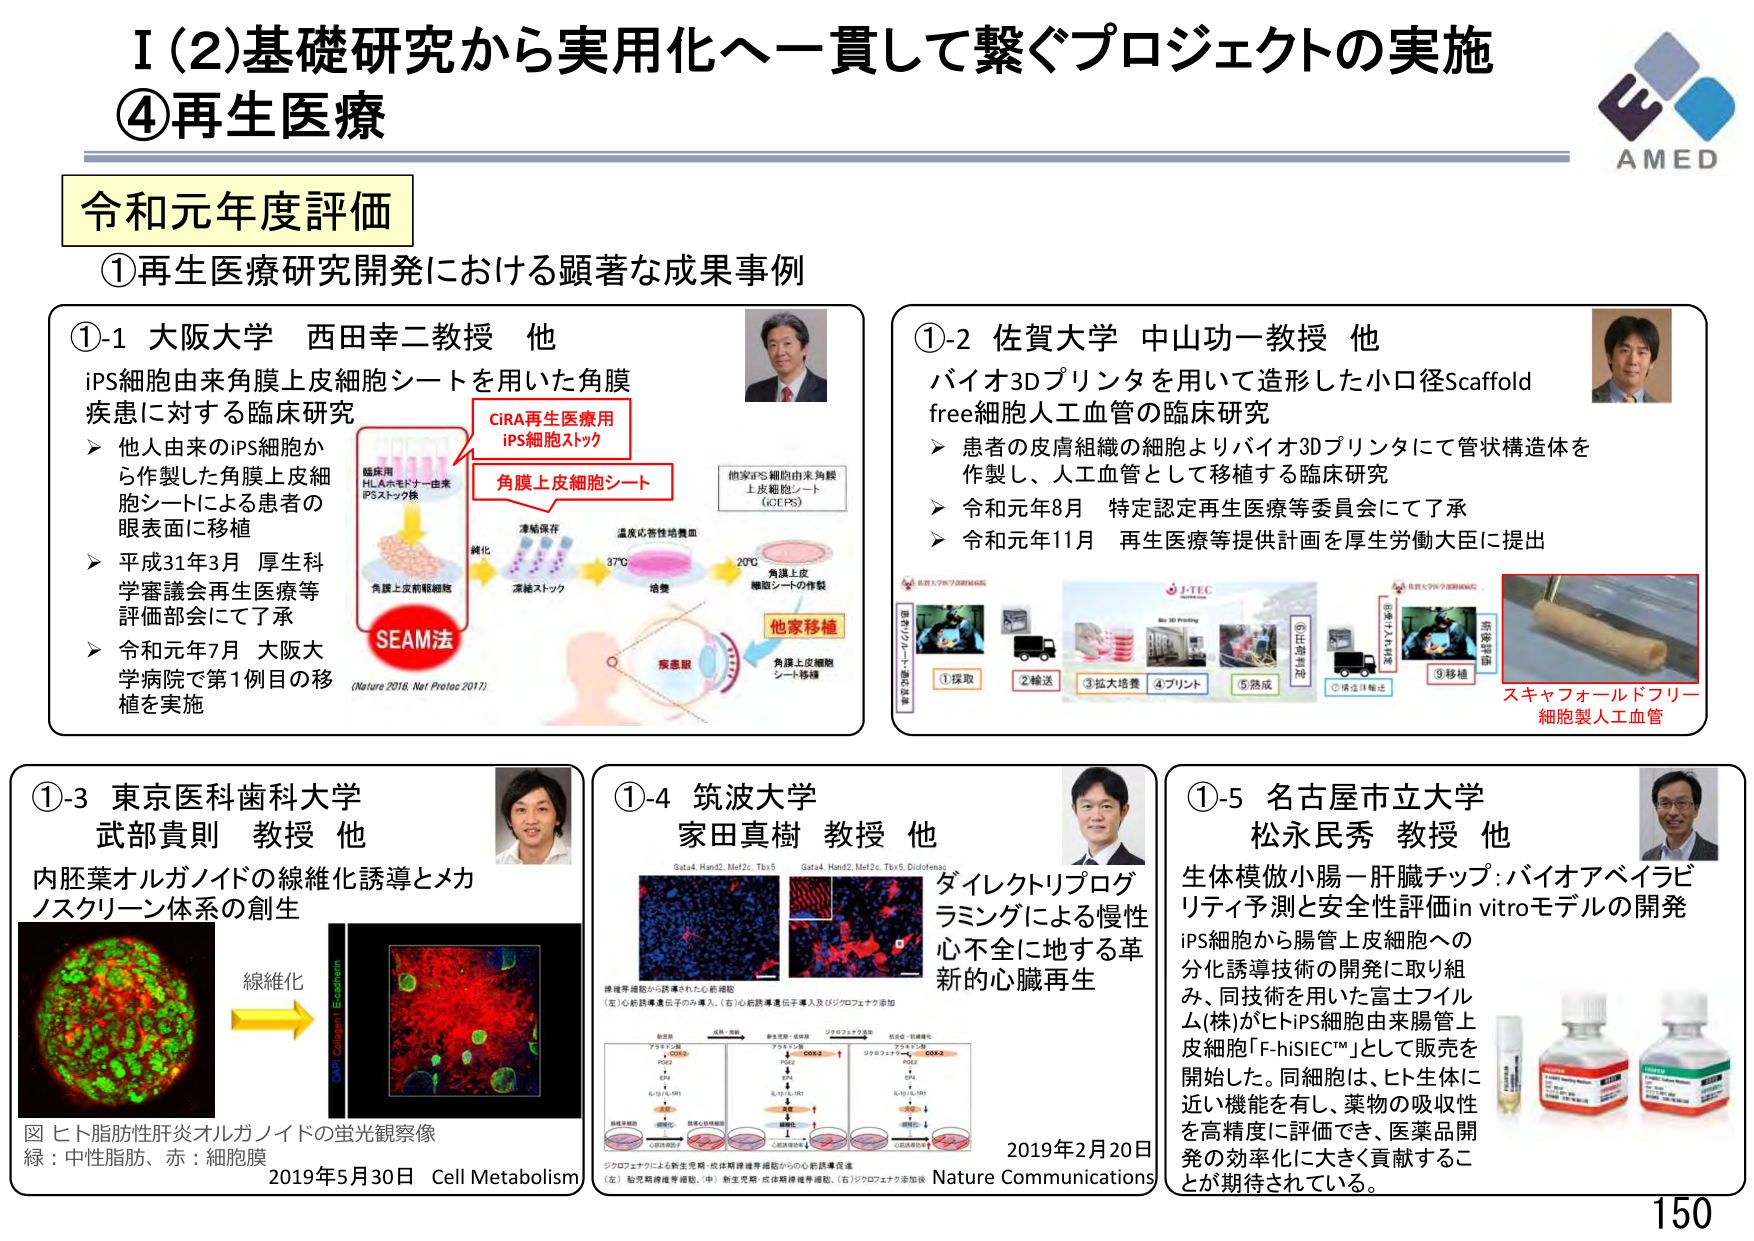
I (2) 基礎研究から実用化へ一貫して繋ぐプロジェクトの実施
④再生医療

令和元年度評価

①再生医療研究開発における顕著な成果事例

①-1 大阪大学 西田幸二教授 他
iPS細胞由来角膜上皮細胞シートを用いた角膜疾患に対する臨床研究
➤ 他人由来のiPS細胞から作製した角膜上皮細胞シートによる患者の眼表面に移植
➤ 平成31年3月 厚生科学審議会再生医療等評価部会にて了承
➤ 令和元年7月 大阪大学病院で第1例目の移植を実施
（Nature 2018, Nat Protoc 2017）
CIRA再生医療用
iPS細胞ストック
角膜上皮細胞シート
他家移植
SEAM法
臨床用
HLAホモドナー由来
iPSストック株
凍結保存
純化
温度応答性培養皿
37℃
20℃
培養
角膜上皮
細胞シートの作製
角膜上皮前駆細胞
疾患眼
角膜上皮細胞
シート移植
他家iPS細胞由来角膜
上皮細胞シート
(GCIPS)

①-2 佐賀大学 中山功一教授 他
バイオ3Dプリンタを用いて造形した小口径Scaffold free細胞人工血管の臨床研究
➤ 患者の皮膚組織の細胞よりバイオ3Dプリンタにて管状構造体を作製し、人工血管として移植する臨床研究
➤ 令和元年8月 特定認定再生医療等委員会にて了承
➤ 令和元年11月 再生医療等提供計画を厚生労働大臣に提出
①採取
②輸送
③拡大培養
④プリント
⑤熟成
⑥供注移植
⑦移植
スキャフォールドフリー
細胞製人工血管
J-TEC
Bio 3D Printing
佐賀大学医学部附属病院
佐賀大学医学部附属病院
皮膚由来細胞
培養・増殖
細胞シート形成
管状構造体形成
移植

①-3 東京医科歯科大学 武部貴則 教授 他
内胚葉オルガノイドの線維化誘導とメカノスクリーン体系の創生
図 ヒト脂肪性肝炎オルガノイドの蛍光観察像
緑：中性脂肪、赤：細胞膜
2019年5月30日 Cell Metabolism
線維化

①-4 筑波大学 家田真樹 教授 他
ダイレクトリプログラミングによる慢性心不全に地する革新的心臓再生
Gata4, Hand2, Mef2c, Tbx5
Gata4, Hand2, Mef2c, Tbx5, Diclofenac
線維芽細胞から誘導された心筋細胞
（左）心筋誘導遺伝子のみ導入、（右）心筋誘導遺伝子及びジクロフェナク添加
前駆体
アラキドン酸
COX-2
PGE2
↓
EP4
↓
IL-1β / IL-1R1
↓
誘導心筋細胞
成熟心筋細胞
ジクロフェナク添加
前駆体
アラキドン酸
COX-2
PGE2
↓
EP4
↓
IL-1β / IL-1R1
↓
誘導心筋細胞
成熟心筋細胞
ジクロフェナク添加
ジクロフェナクによる新生児期・成体期線維芽細胞からの心筋誘導促進
（左）胎児期線維芽細胞、（中）新生児期・成体期線維芽細胞、（右）ジクロフェナク添加後
2019年2月20日 Nature Communications

①-5 名古屋市立大学 松永民秀 教授 他
生体模倣小腸－肝臓チップ：バイオアベイラビリティ予測と安全性評価in vitroモデルの開発
iPS細胞から腸管上皮細胞への分化誘導技術の開発に取り組み、同技術を用いた富士フイルム(株)がヒトiPS細胞由来腸管上皮細胞「F-hiSEC™」として販売を開始した。同細胞は、ヒト生体に近い機能を有し、薬物の吸収性を高精度に評価でき、医薬品開発の効率化に大きく貢献することが期待されている。

AMED
150